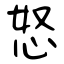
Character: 怒